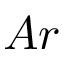
A r